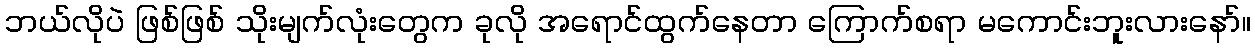
ဘယ်လိုပဲ ဖြစ်ဖြစ် သိုးမျက်လုံးတွေက ခုလို အရောင်ထွက်နေတာ ကြောက်စရာ မကောင်းဘူးလားနော်။